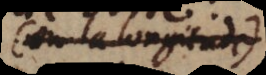
(ou la longitude)